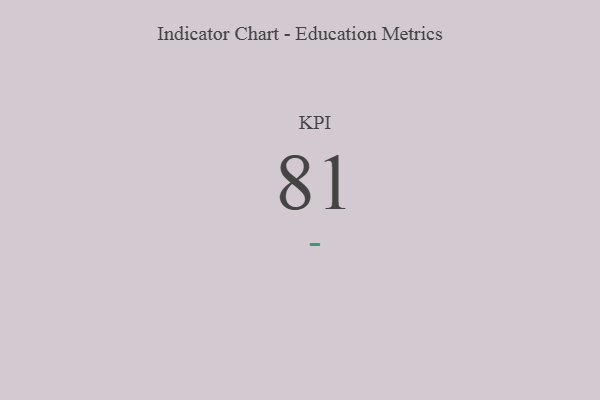
{"axis": {"x": "KPI", "y": "Value"}, "legend": [""], "data": [{"x": "KPI", "y": 81, "type": ""}]}